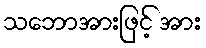
သဘောအားဖြင့် အား